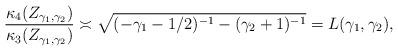
LaTeX: \begin{align*}\frac{\kappa_4(Z_{\gamma_1,\gamma_2})}{\kappa_3(Z_{\gamma_1,\gamma_2})}\asymp \sqrt{(-\gamma_1-1/2)^{-1}-(\gamma_2+1)^{-1}}=L(\gamma_1,\gamma_2),\end{align*}